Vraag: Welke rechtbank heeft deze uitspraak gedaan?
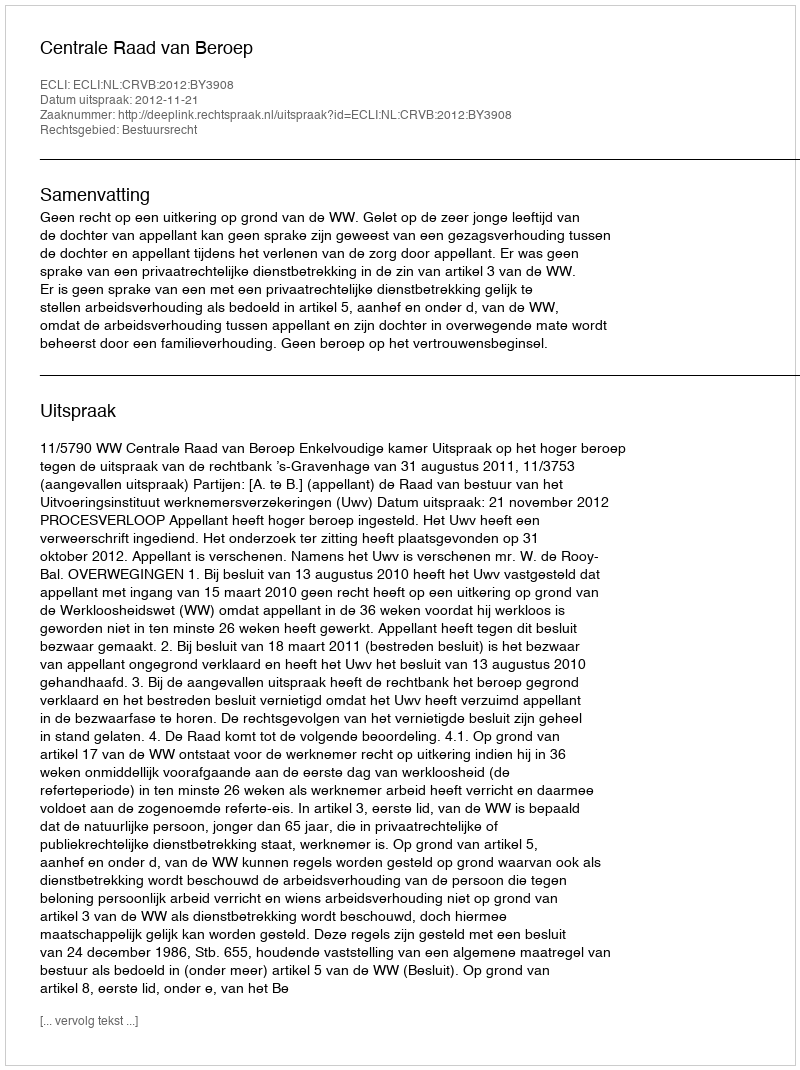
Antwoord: Centrale Raad van Beroep